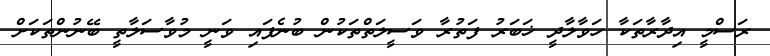
ރަސްމީ އިދާރާތަކާ ހަވާލާދީ ޚަބަރު ފަތުރާ ވަސީލަތްތަކުން ބުނެފައި ވަނީ މުވާސަލާތީ ބޭނުންތަކަށް